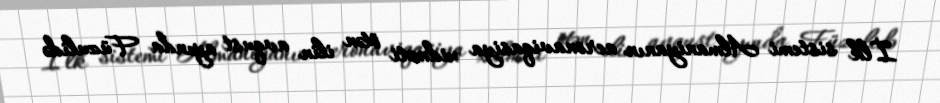
İlk sistemi Almaniyanın aeronaviqasiya xidməti ötən ilin avqust ayında Füzulidə